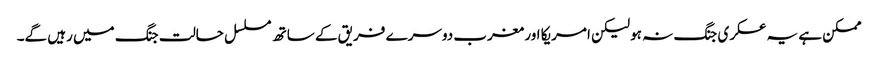
ممکن ہے یہ عسکری جنگ نہ ہو لیکن امریکا اور مغرب دوسرے فریق کے ساتھ مسلسل حالت جنگ میں رہیں گے۔